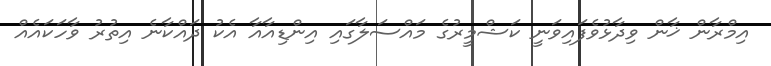
އިމްރާން ޚާން ވިދާޅުވެފައިވަނީ ކަޝްމީރުގެ މައްސަލާގައި އިންޑިއާއާ އެކު ދައްކާނެ އިތުރު ވާހަކައެއް